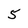
Character: 5